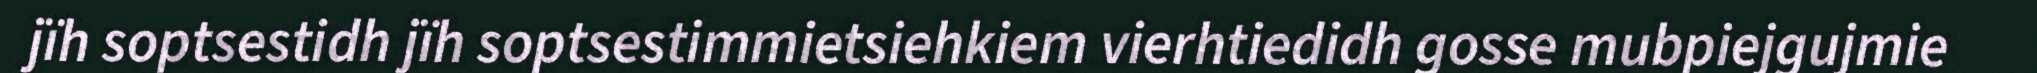
jïh soptsestidh jïh soptsestimmietsiehkiem vierhtiedidh gosse mubpiejgujmie